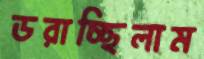
ডরাচ্ছিলাম